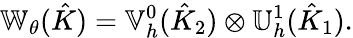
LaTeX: \mathbb{W}_{\theta}(\hat{K})=\mathbb{V}_{h}^{0}(\hat{K}_{2})\otimes\mathbb{U}_{h}^{1}(\hat{K}_{1}).